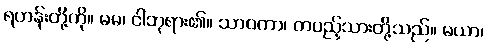
ရဟန်းတို့ကို။ မမ၊ ငါဘုရား၏။ သာဝကာ၊ တပည့်သားတို့သည်။ မယာ၊